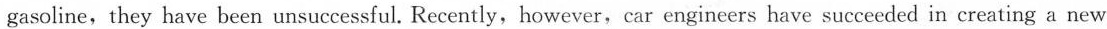
gasoline,they have been unsuccessful. Recently,however,car engineers have succeeded in creating a new